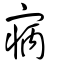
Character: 寎